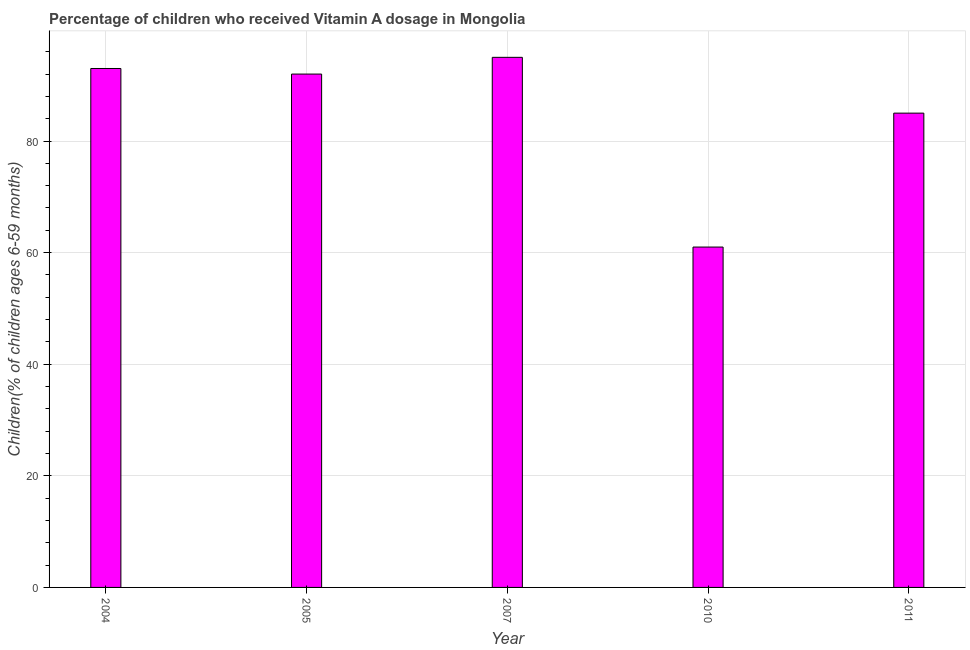
| Year | Vitamin A supplementation coverage rate  |
 | --- | --- |
 | 2004 | 93 |
 | 2005 | 92 |
 | 2007 | 95 |
 | 2010 | 61 |
 | 2011 | 85 |